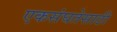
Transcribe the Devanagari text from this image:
एकसंघतेसाठी